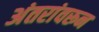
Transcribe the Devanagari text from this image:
अंतरांवरून